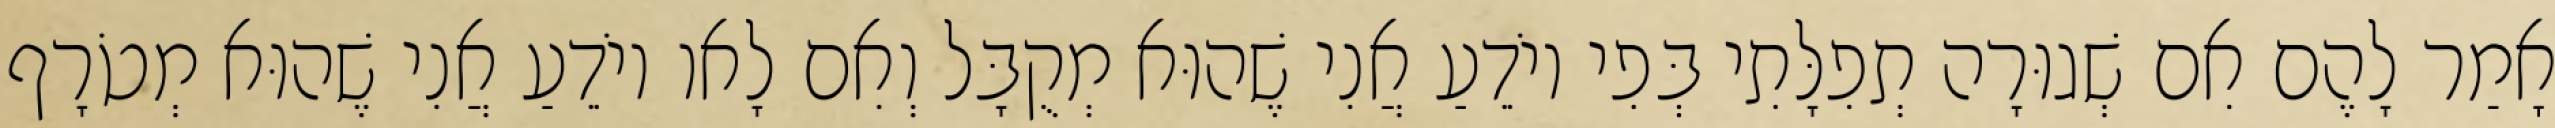
אָמַר לָהֶם אִם שְׁגוּרָה תְפִלָּתִי בְּפִי יוֹדֵעַ אֲנִי שֶׁהוּא מְקֻבָּל וְאִם לָאו יוֹדֵעַ אֲנִי שֶׁהוּא מְטֹרָף